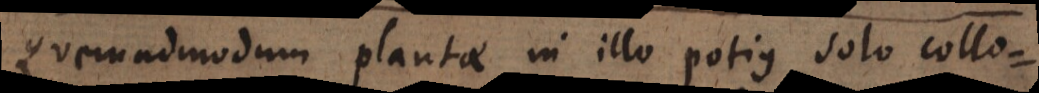
Quemadmodum plantae in illo potius solo collo